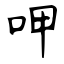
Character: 呷